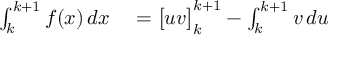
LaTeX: \begin{array} { r l } { \int _ { k } ^ { k + 1 } f ( x ) \, d x } & { { } = { \bigl [ } u v { \bigr ] } _ { k } ^ { k + 1 } - \int _ { k } ^ { k + 1 } v \, d u } \end{array}